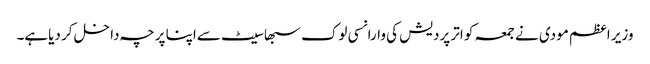
وزیر اعظم مودی نے جمعہ کو اتر پردیش کی وارانسی لوک سبھا سیٹ سےاپنا پرچہ داخل کر دیاہے۔